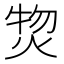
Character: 𤊘